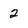
Character: 2